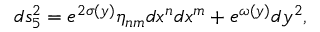
d s _ { 5 } ^ { 2 } = e ^ { 2 \sigma ( y ) } \eta _ { n m } d x ^ { n } d x ^ { m } + e ^ { \omega ( y ) } d y ^ { 2 } ,